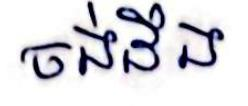
ចង់ដឺង